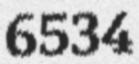
6534